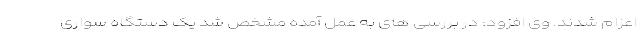
اعزام شدند. وی افزود: در بررسی های به عمل آمده مشخص شد یک دستگاه سواری